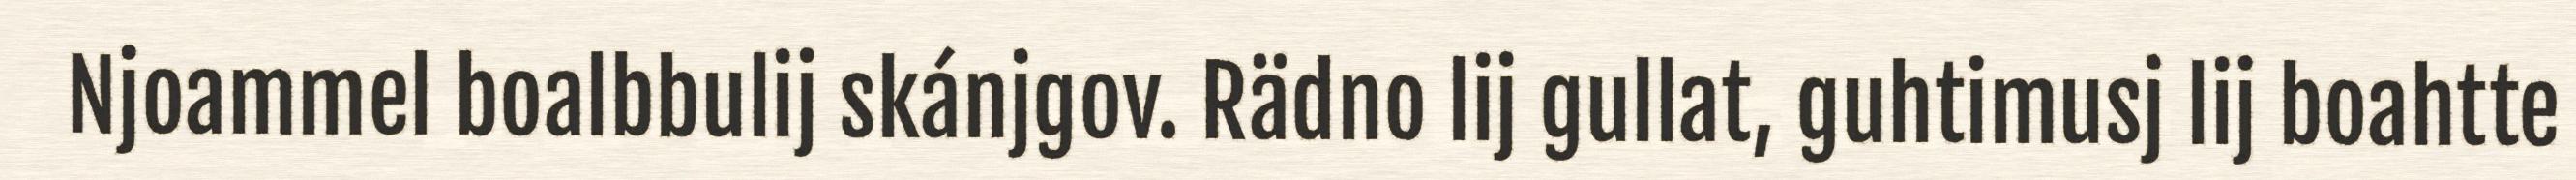
Njoammel boalbbulij skánjgov. Rädno lij gullat, guhtimusj lij boahtte